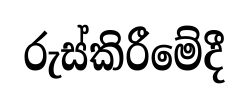
රුස්කිරීමේදී